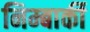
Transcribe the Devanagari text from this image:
निम्बार्की